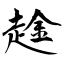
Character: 趛